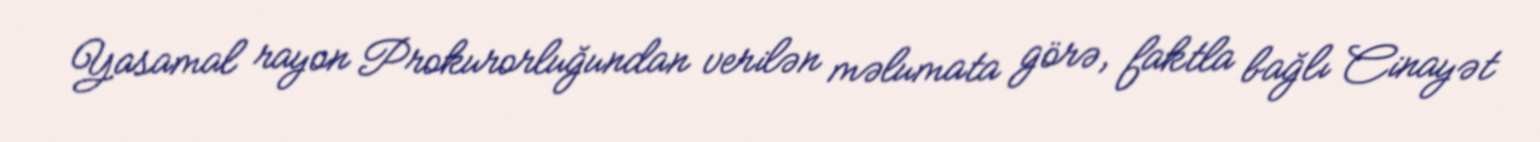
Yasamal rayon Prokurorluğundan verilən məlumata görə, faktla bağlı Cinayət